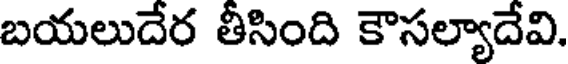
బయలుదేర తీసింది కౌసల్యాదేవి.